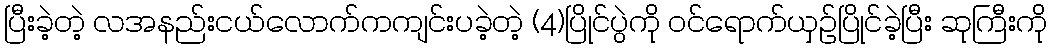
ပြီးခဲ့တဲ့ လအနည်းငယ်လောက်ကကျင်းပခဲ့တဲ့ (4)ပြိုင်ပွဲကို ဝင်ရောက်ယှဉ်ပြိုင်ခဲ့ပြီး ဆုကြီးကို